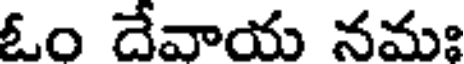
ఓం దేవాయ నమః